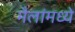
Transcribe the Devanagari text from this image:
मैलांमध्ये